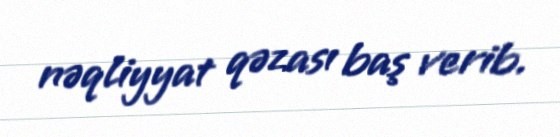
nəqliyyat qəzası baş verib.